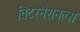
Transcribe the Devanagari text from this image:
विंटरनैशनल्स